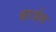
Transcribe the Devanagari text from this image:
बार्जस